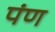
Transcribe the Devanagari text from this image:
पंण